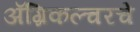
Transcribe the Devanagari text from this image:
अॅग्रिकल्चरचे